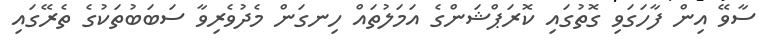
ސާވޭ އިން ފާހަގަވި ގޮތުގައި ކޮރަޕްޝަންގެ އަމަލުތައް ހިނގަން މެދުވެރިވާ ސަބަބުތަކުގެ ތެރޭގައި